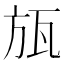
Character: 瓬